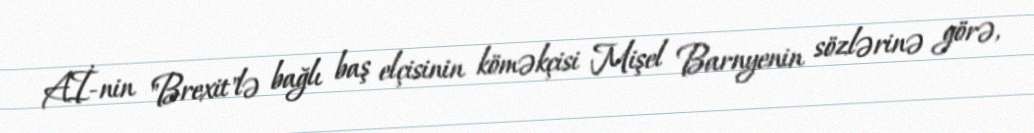
Aİ-nin "Brexit"lə bağlı baş elçisinin köməkçisi Mişel Barnyenin sözlərinə görə,